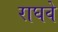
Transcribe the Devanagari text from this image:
राघवे